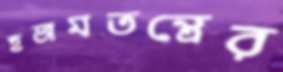
হজমতন্ত্রের